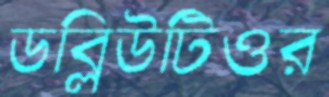
ডব্লিউটিওর